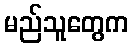
မည်သူတွေက